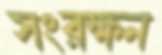
সংরক্ষন